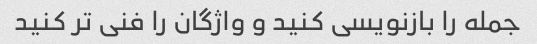
جمله را بازنویسی کنید و واژگان را فنی تر کنید